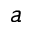
a